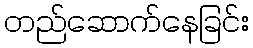
တည်ဆောက်နေခြင်း